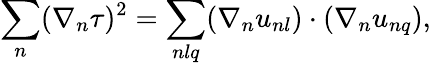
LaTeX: \sum_{n}(\nabla_{n}\tau)^{2}=\sum_{nlq}(\nabla_{n}u_{nl})\cdot(\nabla_{n}u_{nq}),